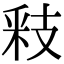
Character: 𮡏